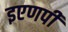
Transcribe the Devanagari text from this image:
इएणपी